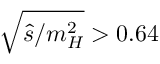
\sqrt { \hat { s } / m _ { H } ^ { 2 } } > 0 . 6 4